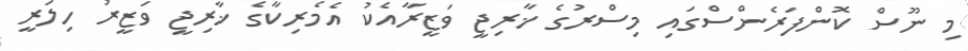
މި ނޫސް ކޮންފަރެންސްގައި މިސްރުގެ ޚާރިޖީ ވަޒީރާއެކު އެމެރިކާގެ ޚާރިޖީ ވަޒީރު ހިލަރީ